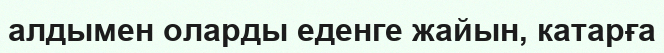
алдымен оларды еденге жайын, катарға